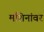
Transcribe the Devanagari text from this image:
मशिनांवर